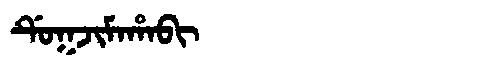
Manchu: ᡩᡠᡴᠵᡳᠮᠠᡥᠠᠪᡳ
Romanization: DUKJIMAHABI